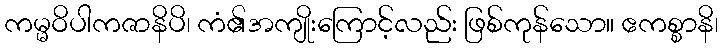
ကမ္မဝိပါကဇာနိပိ၊ ကံ၏အကျိုးကြောင့်လည်း ဖြစ်ကုန်သော။ ဧကစ္စာနိ၊